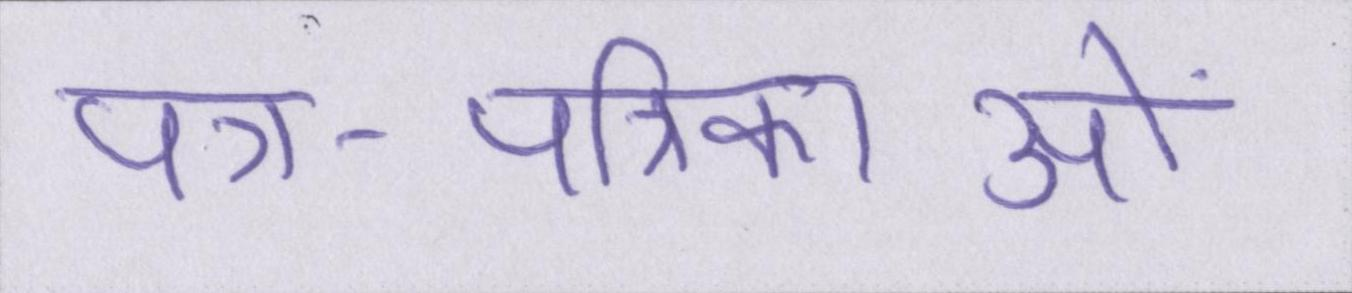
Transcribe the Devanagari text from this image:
पत्र-पत्रिकाओं